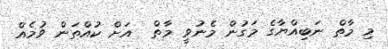
މި މާތް ނަބިއްޔާގެ މަގުން މެނުވީ މާތް  އަށް ކުއްތަން ވުމެއް